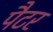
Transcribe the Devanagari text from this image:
पैटर